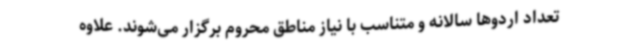
تعداد اردوها سالانه و متناسب با نیاز مناطق محروم برگزار می‌شوند. علاوه